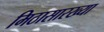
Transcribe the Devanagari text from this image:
मिठासारख्या